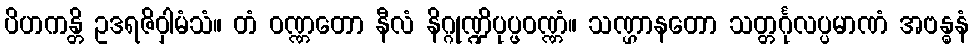
ပိဟကန္တိ ဥဒရဇိဝှါမံသံ။ တံ ဝဏ္ဏတော နီလံ နိဂ္ဂုဏ္ဍိပုပ္ဖဝဏ္ဏံ။ သဏ္ဌာနတော သတ္တင်္ဂုလပ္ပမာဏံ အဗန္ဓနံ